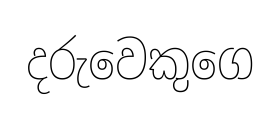
දරුවෙකුගෙ